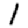
Digit: 1